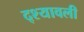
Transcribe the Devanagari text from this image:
द्श्यावली